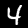
Label: 4